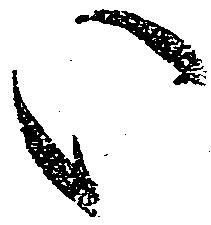
い